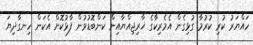
ހައްޔަރު ކުރި ކުރުމާ ގުޅިގެން އެމެރިކާގެ ޚާރިޖިއްޔާއިން ކަންބޮޑުވުން ފާޅުކޮށް އެކަން ހިނގާދިޔަ